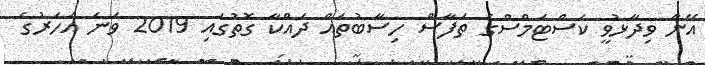
އޭނާ ވިދާޅުވީ ކަސްޓަމްސްގެ ތަފާސް ހިސާބުތައް ދައްކާ ގޮތުގައި 2019 ވަނަ އަހަރުގެ